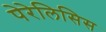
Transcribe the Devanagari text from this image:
पेरेलिसिस